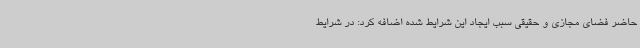
حاضر فضای مجازی و حقیقی سبب ایجاد این شرایط شده اضافه کرد: در شرایط